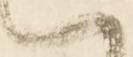
ハ